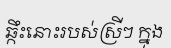
ឆ្កឹះនោះរបស់ស្រីៗ ក្នុង